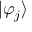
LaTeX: | \varphi _ { j } \rangle